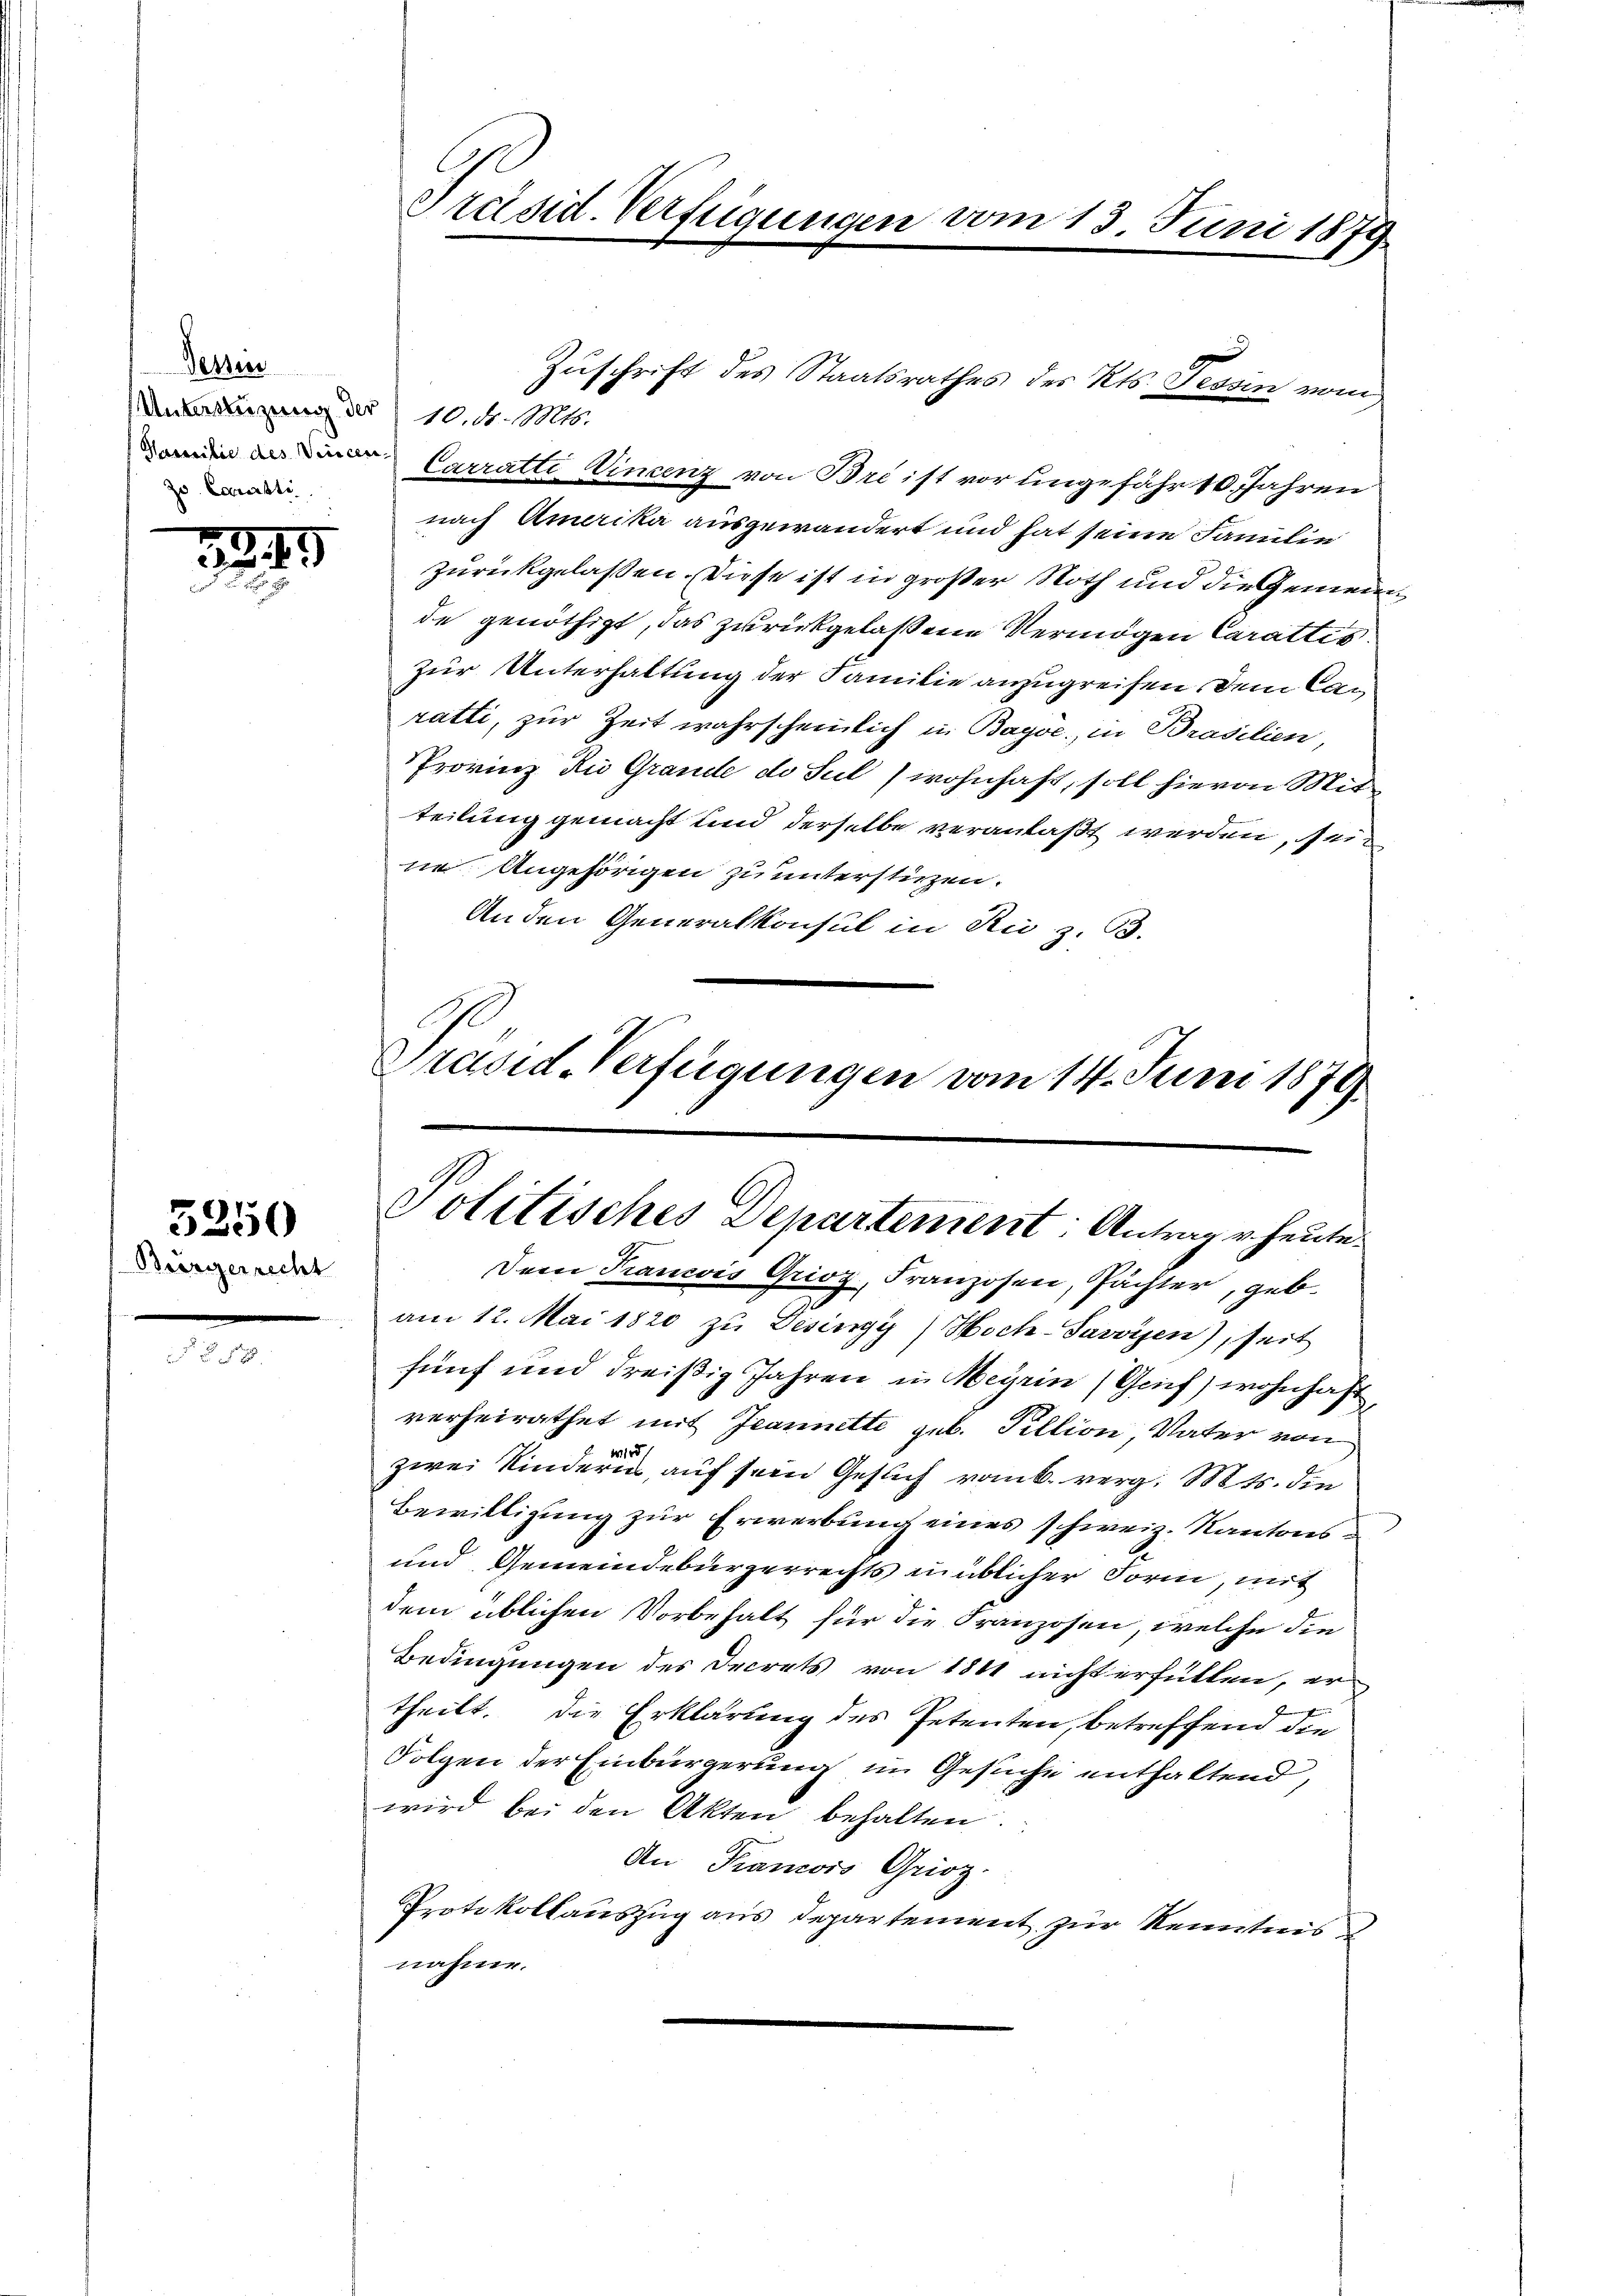
Tessin
Unterstüzung der 10. N. 10000.
zo. Camisti

3349
Fr

Börgerrecht

5250

Präsid. Verfügungen vom 13. Juni 1879

Carratte Vincenz von Breist vor ungefähr 10. Jahren
nach Amerika ausgewandert und hat seine Familie
zurückgelassen. Diese ist in großer Noth und die Gemeinde genöthigt, das zurückgelassene Vermögen Carattis.
zur Unterhaltung der Familie anzugreifen dem Can
ratti, zur Zeit wahrscheinlich in Baye, in Brasilien,
Provinz Rio Grande de Jul (wohnhaft, soll hievon Mitteilung gemacht und derselbe veranlaßt werden, sei
ne Angehörigen zu unterstüzen.
Anden Generalkonsul in Ru z. B.
Präsid-Verfügungen vom 14. Juni 1879

Zuschrift des Staatsrathes des Kts. Tessin vom

Politisches Departement: Antrag u. heute.
Dem Trancois Grioz, Franzosen, Pächter, geb.

am 12. Mai 1820 zu Besingy) Hoch-Savoyen), seit
fünf und dreißig Jahren in Meyrin (Gruf) wohnhaft
verheirathet mit Jeannette geb. Fillion, Vater von
zwei Kindern, auf sein Gesuch vom 6. verg. Mts. die
Bewilligung zur Erwerbung eines schweiz. Kantons¬
und Gemeindebürgerrechts unüblicher Form, mit
dem üblichen Vorbehalt für die Franzosen, welche die
Bedingungen des Decrets von 1841 nicht erfüllen, ertheilt. Die Erklärung des Petenten, betreffend die
Folgen der Einbürgerung im Gesuche enthaltend,
wird bei den Akten behalten.
An Francois Grioz.
Protokollauszug aus Departement zur Kenntnis
nahme.